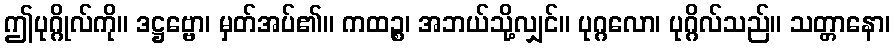
ဤပုဂ္ဂိုလ်ကို။ ဒဋ္ဌဗ္ဗော၊ မှတ်အပ်၏။ ကထဉ္စ၊ အဘယ်သို့လျှင်။ ပုဂ္ဂလော၊ ပုဂ္ဂိလ်သည်။ သတ္တာနော၊